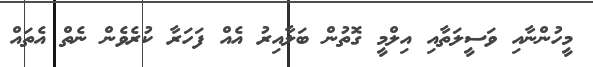
މީހުންނާއި ވަސީލަތާއި އިލްމީ ގޮތުން ބަލާއިރު އެއް ފަހަރާ ކުރެވެން ނެތް އެތައް